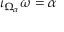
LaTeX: \iota _ { \Omega _ { \alpha } } \omega = \alpha